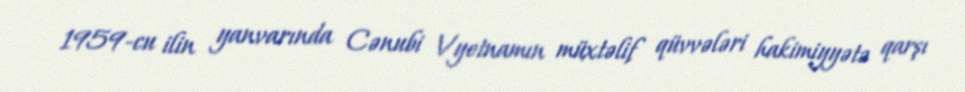
1959-cu ilin yanvarında Cənubi Vyetnamın müxtəlif qüvvələri hakimiyyətə qarşı